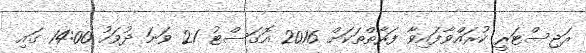
ރަޖިސްޓަރީ ކުރައްވާފައިވާ ފަރާތްތަކަށް 2016 އޮގަސްޓު 21 ވަނަ ދުވަހު 14:00 ގައި